Civil Veterinary Department. Madras. Admin. report 1926-33 - 1926-1933
Year: 1926
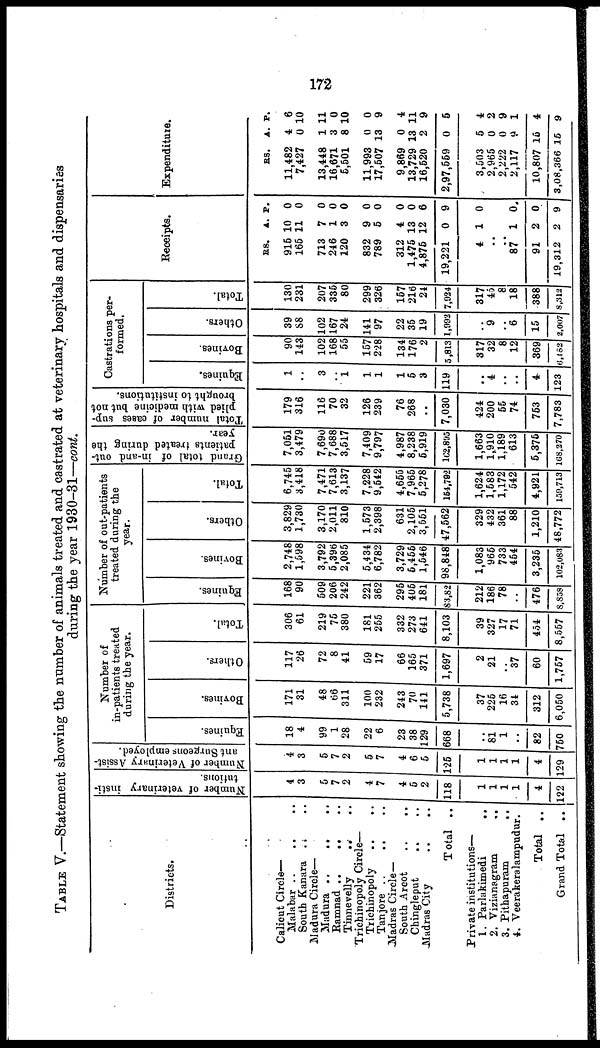
172
TABLE V.—Statement showing the number of animals treated and castrated at veterinary hospitals and dispensaries
during the year 1930-31—cont.
Districts.
Calicut Circle—
Malabar .. .. ..
South Kanara .. ..
Madura Circle—
Madura
..
..
..
Ramnad ..
..
Tinnevelly
..
..
Trichinopoly Circle—
Trichinopoly
..
..
Tanjore ..
.. ..
Madras Circle—
South Arcot
..
..
Chingleput .. ..
Madras City .. ..
Total ..
Private institutions—
1. Parlakimedi
..
2. Vizianagram
..
3. Pithapuram
..
4. Veerakeralampudur.
Total ..
Grand Total ..
Number of veterinary insti-
tutions.
4
3
5
7
2
4
7
4
5
2
118
1
1
1
1
4
122
Number of Veterinary Assist-
ant Surgeons employed.
4
3
5
7
2
5
7
4
6
5
125
1
1
1
1
4
129
Number of
in-patients treated
during the year.
Equines.
18
4
99
1
28
22
6
23
38
129
568
81
1
..
82
750
Bovines.
171
31
48
66
311
100
232
243
70
141
5,738
37
225
16
34
312
5,050
Others.
117
26
72
8
41
59
17
66
165
371
1,697
2
21
37
60
1,757
Total.
306
61
219
75
380
181
255
332
273
641
8,103
39
327
17
71
454
8,557
Number of out-patients
treated during the
year.
Equines.
168
90
509
206
242
221
362
295
405
181
83,82
212
186
78
..
476
8,858
Bovines.
2,748
1,598
3,792
5,396
2,085
5,434
6,782
3,729
5,455
1,546
98,848
1,083
965
733
454
3,235
102,083
Others.
3,829
1,730
3,170
2,011
810
1,573
2,398
631
2,105
3,551
47,562
329
432
361
88
1,210
48,772
Total.
6,745
3,418
7,471
7,613
3,137
7,228
9,542
4,655
7,965
5,278|
154,792
1,624
1,583
1,172
542
4,921
159,713
Grand total of in-and out-
patients treated during the
year.
7,051
3,479
7,690
7,688
3,517
7,409
9,797
4,987
8,238
5,919
162,895
1,663
1,910
1,189
613
5,375
168,270
Total number of cases sup-
plied with medicine but not
brought to institutions.
179
316
116
70
32
126
239
76
268
..
7,030
424
200
55
74
753
7,783
Castrations per-
formed.
Equines.
1
..
3
..
1
1
1
1
5
3
119
..
4
..
..
4
123
Bovines.
90
143
102
168
55
157
228
134
176
2
5,813
317
32
8
12
369
6,182
Others.
39
S8
102
167
24
141
97
22
35
19
1,992
9
..
6
15
2,007
Total.
130
231
207
335
80
299
326
157
216
24
7,924
317
45
8
18
388
8,312
Receipts.
RS.
915
165
713
246
120
832
789
312
1,475
4,875
19,221
4
..
..
87
91
19,312
A.
10
11
7
1
3
9
5
4
13
12
0
1
1
2
2
P.
0
0
0
0
0
0
0
0
0
6
9
0
0
0
9
Expenditure.
RS.
11,482
7,427
13,448
16,671
5,501
11,993
17,507
9,869
13,729
16,520
2,97,559
3,503
2,965
2,222
2,117
10,807 1
3,08,366 1
A.
4
0
1
3
8 1
0
13
0
13 1
2
0
5
0
0
9
5
5
P.
6
10
11
0
0
0
9
4
1
9
5
4
2
9
1
4
9